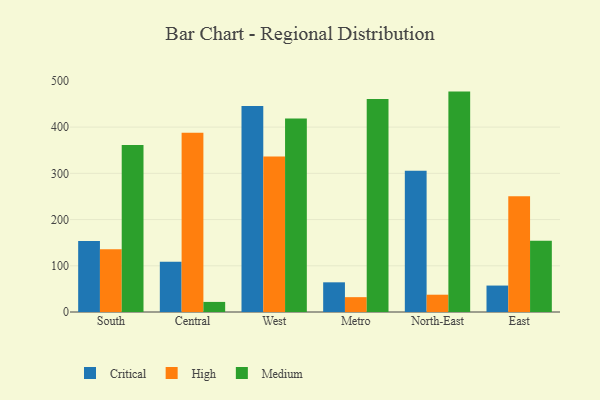
{"axis": {"x": "Region", "y": "LTV (USD)"}, "legend": ["Critical", "High", "Medium"], "data": [{"x": "South", "y": 153.7, "type": "Critical"}, {"x": "South", "y": 136.0, "type": "High"}, {"x": "South", "y": 361.1, "type": "Medium"}, {"x": "Central", "y": 108.5, "type": "Critical"}, {"x": "Central", "y": 388.0, "type": "High"}, {"x": "Central", "y": 21.8, "type": "Medium"}, {"x": "West", "y": 445.5, "type": "Critical"}, {"x": "West", "y": 336.4, "type": "High"}, {"x": "West", "y": 418.8, "type": "Medium"}, {"x": "Metro", "y": 64.2, "type": "Critical"}, {"x": "Metro", "y": 32.1, "type": "High"}, {"x": "Metro", "y": 460.7, "type": "Medium"}, {"x": "North-East", "y": 305.8, "type": "Critical"}, {"x": "North-East", "y": 37.4, "type": "High"}, {"x": "North-East", "y": 476.8, "type": "Medium"}, {"x": "East", "y": 57.2, "type": "Critical"}, {"x": "East", "y": 250.5, "type": "High"}, {"x": "East", "y": 154.0, "type": "Medium"}]}